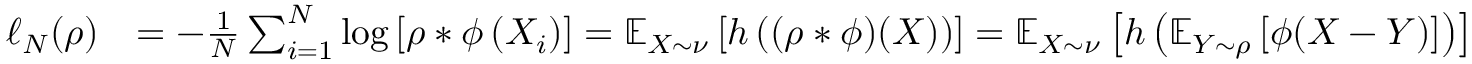
\begin{array} { r l } { \ell _ { N } ( \rho ) } & { = - \frac { 1 } { N } \sum _ { i = 1 } ^ { N } \log \left[ \rho * \phi \left( X _ { i } \right) \right] = \mathbb { E } _ { X \sim \nu } \left[ h \left( ( \rho * \phi ) ( X ) \right) \right] = \mathbb { E } _ { X \sim \nu } \left[ h \left( \mathbb { E } _ { Y \sim \rho } \left[ \phi ( X - Y ) \right] \right) \right] } \end{array}